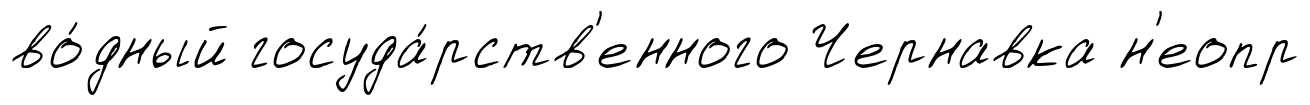
во́дный госуда́рств'енного Чернавка н'еопр